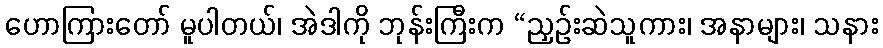
ဟောကြားတော် မူပါတယ်၊ အဲဒါကို ဘုန်းကြီးက “ညှဉ်းဆဲသူကား၊ အနာများ၊ သနား